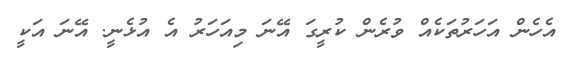
އެހެން އަހަރުތަކެއް ވުރެން ކުރީގަ އޭނަ މިއަހަރު އެ އުޅެނީ. އޭނަ އަކީ